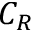
C _ { R }